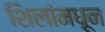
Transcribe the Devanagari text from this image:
शिलांमधून